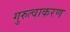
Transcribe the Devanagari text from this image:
गुरुत्वाकरण